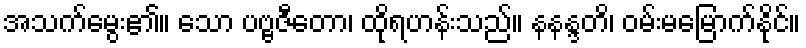
အသက်မွေး၏။ သော ပဗ္ဗဇီတော၊ ထိုရဟန်းသည်။ နနန္ဒတိ၊ ဝမ်းမမြောက်နိုင်။